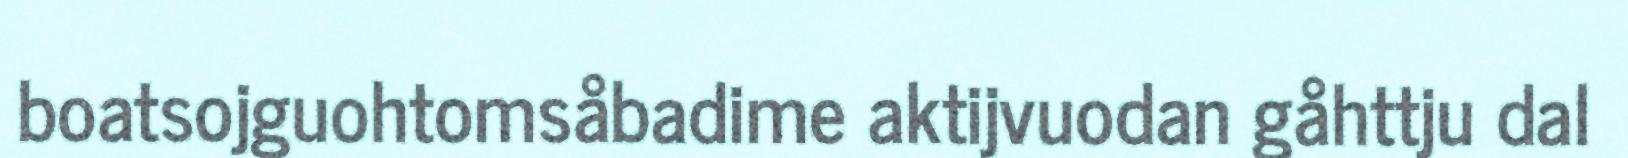
boatsojguohtomsåbadime aktijvuodan gåhttju dal